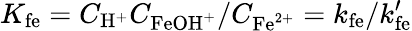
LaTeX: K_{\mathrm{fe}}=C_{\mathrm{H}^{+}}C_{\mathrm{FeOH}^{+}}/C_{\mathrm{Fe}^{2+}}=k_{\mathrm{fe}}/k_{\mathrm{fe}}^{\prime}